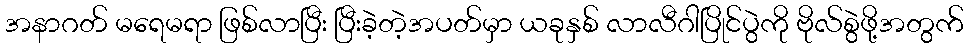
အနာဂတ် မရေမရာ ဖြစ်လာပြီး ပြီးခဲ့တဲ့အပတ်မှာ ယခုနှစ် လာလီဂါပြိုင်ပွဲကို ဗိုလ်စွဲဖို့အတွက်